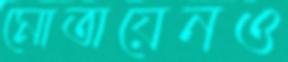
মোতায়েনও